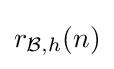
r_{{\mathcal {B}},h}(n)